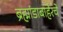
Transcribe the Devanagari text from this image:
ब्रह्मांडाबाहेरचे